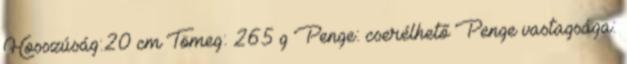
Hosszúság:20 cm Tömeg: 265 g Penge: cserélhető Penge vastagsága: